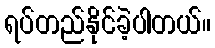
ရပ်တည်နိုင်ခဲ့ပါတယ်။